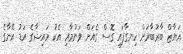
އަޔާޒް ބާރުބާރަށް ހިނގާފައި ގޮސް ގެއަށް ވަނުމާއި އެކު މައިޝާގެ އަޑު އޭނާގެ